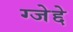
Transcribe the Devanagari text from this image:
ग्जेद्दे